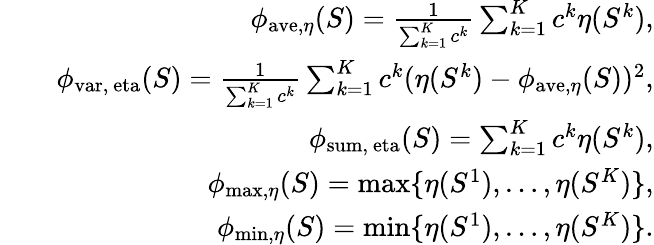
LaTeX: \begin{array}{rlr}&{}&{\phi_{\mathrm{ave},\eta}(S)=\frac{1}{\sum_{k=1}^{K}c^{k}}\sum_{k=1}^{K}c^{k}\eta(S^{k}),}\\ &{}&{\phi_{\mathrm{var,\ eta}}(S)=\frac{1}{\sum_{k=1}^{K}c^{k}}\sum_{k=1}^{K}c^{k}(\eta(S^{k})-\phi_{\mathrm{ave},\eta}(S))^{2},}\\ &{}&{\phi_{\mathrm{sum,\ eta}}(S)=\sum_{k=1}^{K}c^{k}\eta(S^{k}),}\\ &{}&{\phi_{\operatorname*{max},\eta}(S)=\operatorname*{max}\{ \eta(S^{1}),\ldots,\eta(S^{K})\} ,}\\ &{}&{\phi_{\operatorname*{min},\eta}(S)=\operatorname*{min}\{ \eta(S^{1}),\ldots,\eta(S^{K})\} .}\end{array}